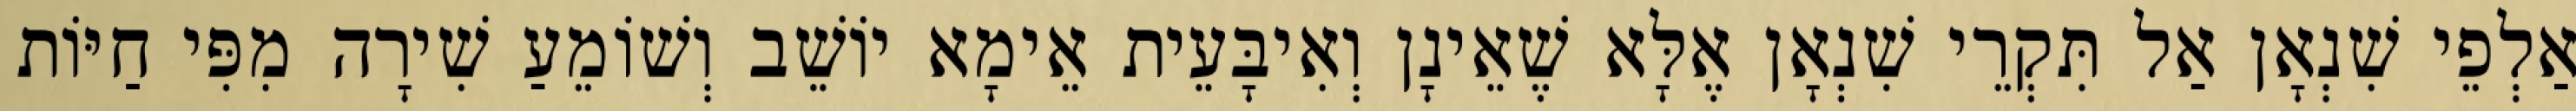
אַלְפֵי שִׁנְאָן אַל תִּקְרֵי שִׁנְאָן אֶלָּא שֶׁאֵינָן וְאִיבָּעֵית אֵימָא יוֹשֵׁב וְשׁוֹמֵעַ שִׁירָה מִפִּי חַיּוֹת